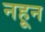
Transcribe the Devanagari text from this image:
नहून